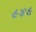
૯૪૯